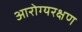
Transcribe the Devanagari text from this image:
आरोग्यरक्षण